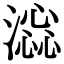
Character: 𣾫